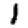
Digit: 1